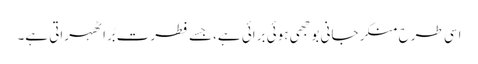
اسی طرح منکر جانی بوجھی ہوئی برائی ہے،جسے فطرت بُرا ٹھہراتی ہے۔